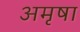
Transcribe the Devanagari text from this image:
अमृषा